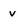
Character: v